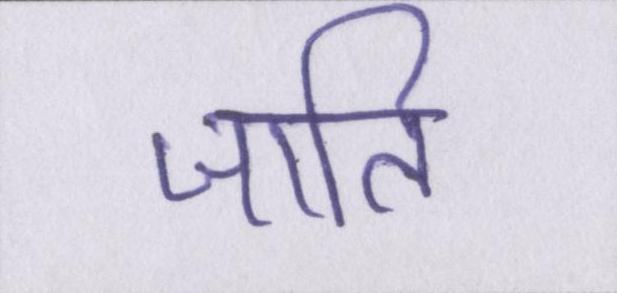
जाति